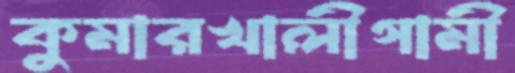
কুমারখালীগামী